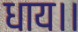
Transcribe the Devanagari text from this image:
धाय।।